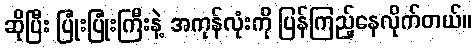
ဆိုပြီး ပြုံးပြုံးကြီးနဲ့ အကုန်လုံးကို ပြန်ကြည့်နေလိုက်တယ်။